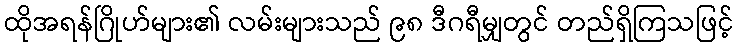
ထိုအရန်ဂြိုဟ်များ၏ လမ်းများသည် ၉၈ ဒီဂရီမျှတွင် တည်ရှိကြသဖြင့်